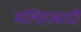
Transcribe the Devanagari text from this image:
मलिहाबादी